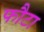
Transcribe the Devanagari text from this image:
फौटा